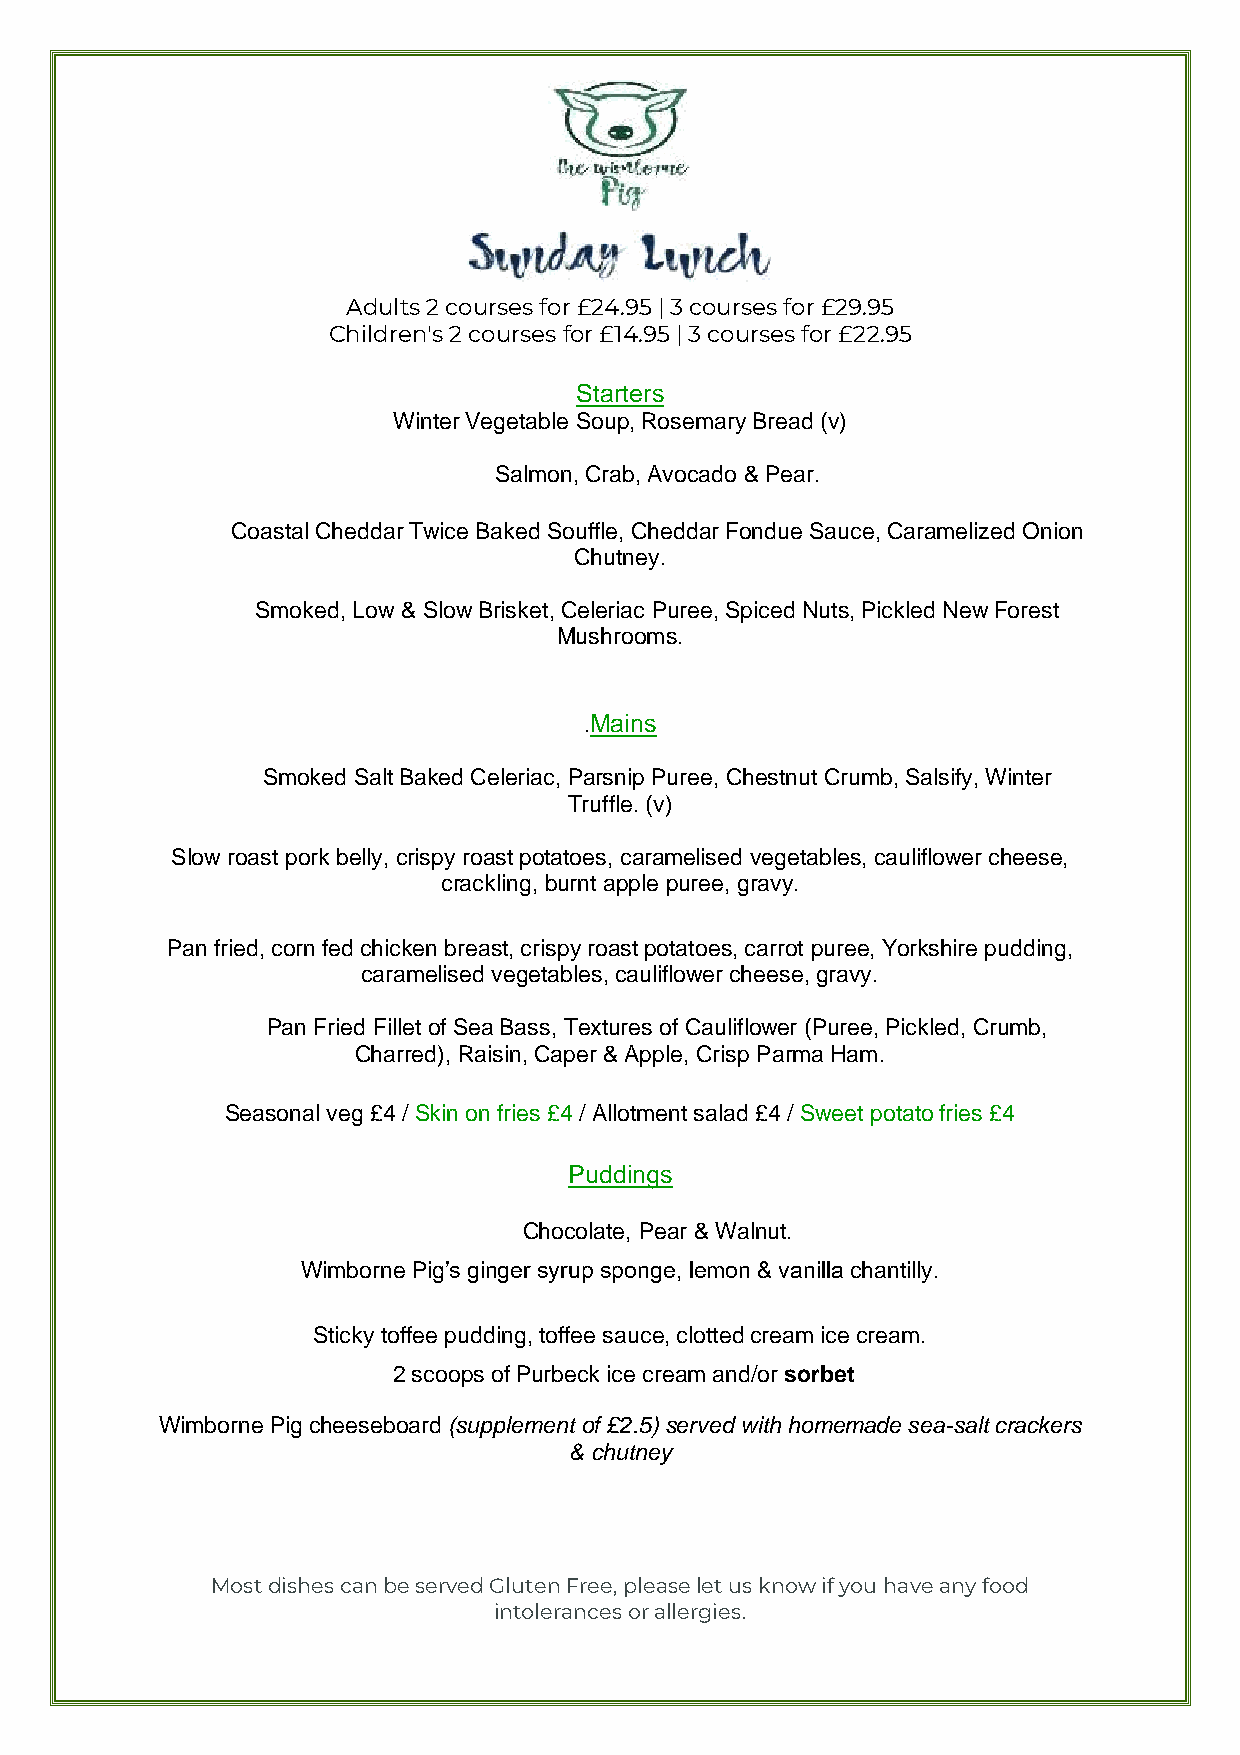
Adults 2 courses for £24.95 | 3 courses for £29.95
 Children's 2 courses for £14.95 | 3 courses for £22.95
 Starters
 Winter Vegetable Soup, Rosemary Bread (v)
 Salmon, Crab, Avocado & Pear.
 Coastal Cheddar Twice Baked Souffle, Cheddar Fondue Sauce, Caramelized Onion
 Chutney.
 Smoked, Low & Slow Brisket, Celeriac Puree, Spiced Nuts, Pickled New Forest
 Mushrooms.
 .Mains
 Smoked Salt Baked Celeriac, Parsnip Puree, Chestnut Crumb, Salsify, Winter
 Truffle. (v)
 Slow roast pork belly, crispy roast potatoes, caramelised vegetables, cauliflower cheese,
 crackling, burnt apple puree, gravy.
 Pan fried, corn fed chicken breast, crispy roast potatoes, carrot puree, Yorkshire pudding,
 caramelised vegetables, cauliflower cheese, gravy.
 Pan Fried Fillet of Sea Bass, Textures of Cauliflower (Puree, Pickled, Crumb,
 Charred), Raisin, Caper & Apple, Crisp Parma Ham.
 Seasonal veg £4 / Skin on fries £4 / Allotment salad £4 / Sweet potato fries £4
 Puddings
 Chocolate, Pear & Walnut.
 Wimborne Pig’s ginger syrup sponge, lemon & vanilla chantilly.
 Sticky toffee pudding, toffee sauce, clotted cream ice cream.
 2 scoops of Purbeck ice cream and/or sorbet
 Wimborne Pig cheeseboard (supplement of £2.5) served with homemade sea-salt crackers
 & chutney
 Most dishes can be served Gluten Free, please let us know if you have any food
 intolerances or allergies.